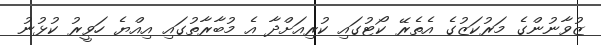
ޒުވާނުންގެ މަރުކަޒުގެ އެތެރޭ ކޯޓުގައި ކުރިއަށްދާ އެ މުބާރާތުގައި އިއްޔެ ހަވީރު ކުޅުނު